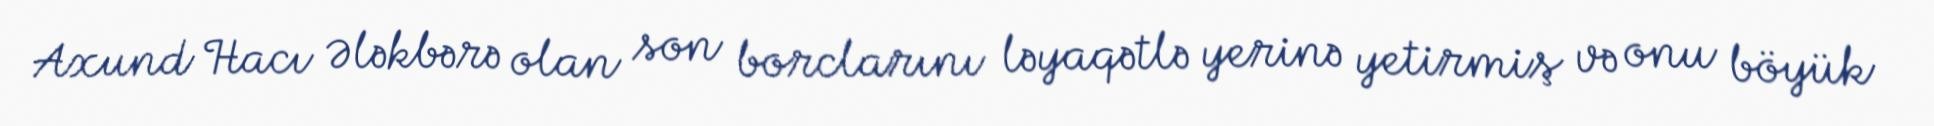
Axund Hacı Ələkbərə olan son borclarını ləyaqətlə yerinə yetirmiş və onu böyük